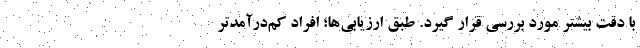
با دقت بیشتر مورد بررسی قرار گیرد. طبق ارزیابی‌ها؛ افراد کم‌درآمدتر